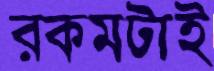
রকমটাই